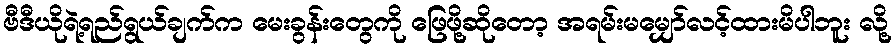
ဗီဒီယိုရဲ့ရည်ရွယ်ချက်က မေးခွန်းတွေကို ဖြေဖို့ဆိုတော့ အရမ်းမမျှော်လင့်ထားမိပါဘူး လို့